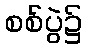
စစ်ပွဲ၌